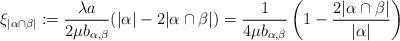
LaTeX: \begin{align*}\xi_{|\alpha\cap\beta|} := \frac{\lambda a}{2\mu b_{\alpha, \beta}}(|\alpha| - 2|\alpha \cap \beta|) = \frac{1 }{4 \mu b_{\alpha, \beta}} \left(1 - \frac{2 \vert \alpha \cap \beta\vert}{\vert \alpha \vert } \right)\end{align*}